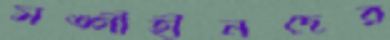
সঙ্গীহীনদের